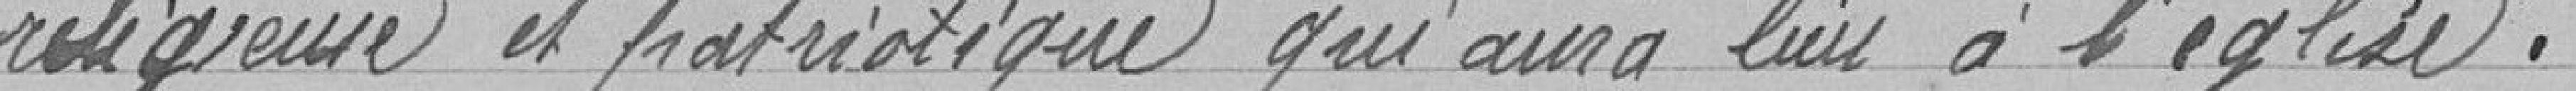
religieuse et patriotique qui aura lieu à l'église.